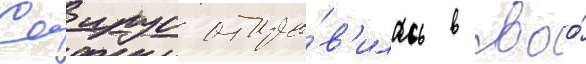
Саирус отпра́в'илась в своо́